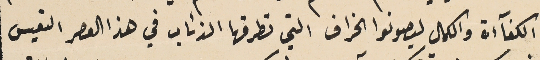
الكفآءة والكمال ليصونوا الخراف التي تطرقها الذئاب في هذا العصر التعيس